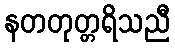
နတတုတ္တရိသညီ